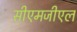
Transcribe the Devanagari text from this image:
सीएमजीएल